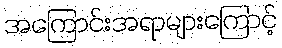
အကြောင်းအရာများကြောင့်